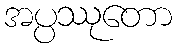
အပ္ပဿုတော